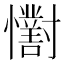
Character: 𢥓